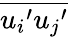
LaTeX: \overline{{{u_{i}}^{\prime}{u_{j}}^{\prime}}}